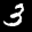
Label: 3